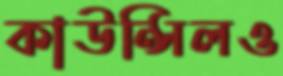
কাউন্সিলও